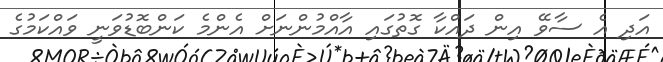
އަދި އެ ސާވޭ އިން ދައްކާ ގޮތުގައި އާއްމުންނަށް އެންމެ ކަންބޮޑުވަނީ ވައްކަމުގެ